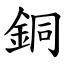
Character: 銅